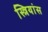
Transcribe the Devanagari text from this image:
स्त्रियांस